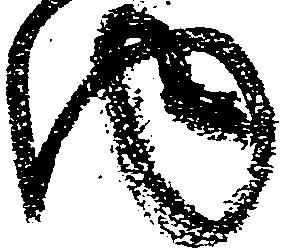
内